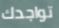
تواجدك